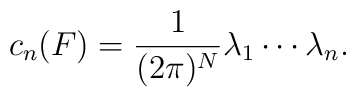
c_n(F)=\frac{1}{(2\pi)^N}\lambda_1\cdots\lambda_n.